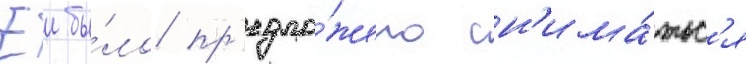
Еи бы́ло пр'едло́жено сн'има́тьс'я